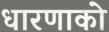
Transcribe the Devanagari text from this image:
धारणाको